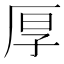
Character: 厚